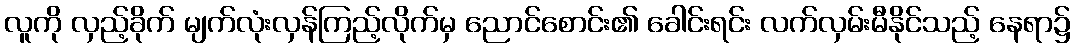
လူကို လှည့်ခိုက် မျက်လုံးလှန်ကြည့်လိုက်မှ ညောင်စောင်း၏ ခေါင်းရင်း လက်လှမ်းမီနိုင်သည့် နေရာ၌